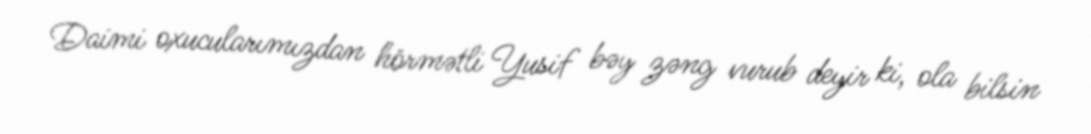
Daimi oxucularımızdan hörmətli Yusif bəy zəng vurub deyir ki, ola bilsin